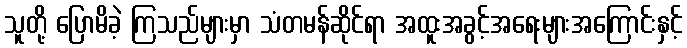
သူတို့ ပြောမိခဲ့ ကြသည်များမှာ သံတမန်ဆိုင်ရာ အထူးအခွင့်အရေးများအကြောင်းနှင့်